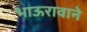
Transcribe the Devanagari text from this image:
भाऊरावाने